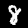
Label: 8